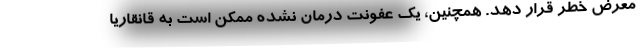
معرض خطر قرار دهد. همچنین، یک عفونت درمان نشده ممکن است به قانقاریا